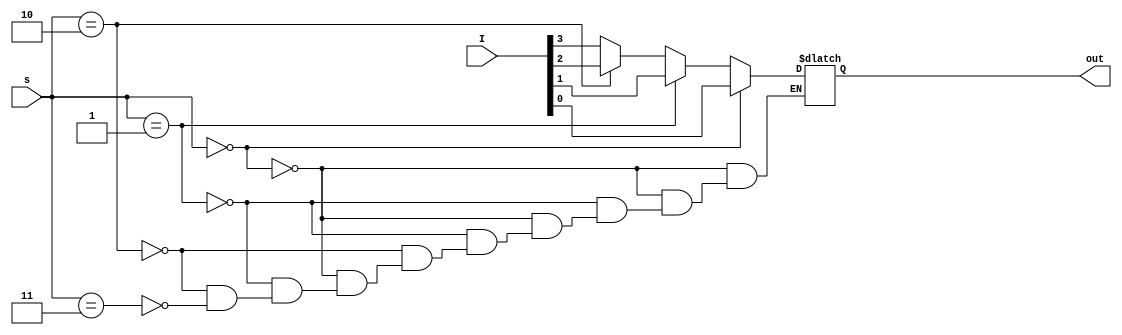
module mux4_beh(I,s,out);
input [3:0]I;
input [1:0]s;
output out;
reg out;

always@(I or s or out)
begin
if(s==0)
  out=I[0];
else if(s==1)
  out=I[1];
else if(s==2)
  out=I[2];
else if(s==3)
  out=I[3];
end

endmodule

module mux4_dat(I,s,out);
input [3:0]I;
input [1:0]s;
output out;

assign out = (s==0)?I[0]:
             (s==1)?I[1]:
             (s==2)?I[2]:
             (s==3)?I[3]:1'bx;

endmodule